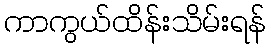
ကာကွယ်ထိန်းသိမ်းရန်